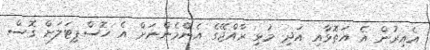
އެއިރުން އެ އަތޮޅާއި އަދި މުޅި ރާއްޖޭގެ އެންމެންނަށް އެ ހޮސްޕިޓަލަށް ގޮސް